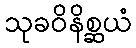
သုခဝိနိစ္ဆယံ